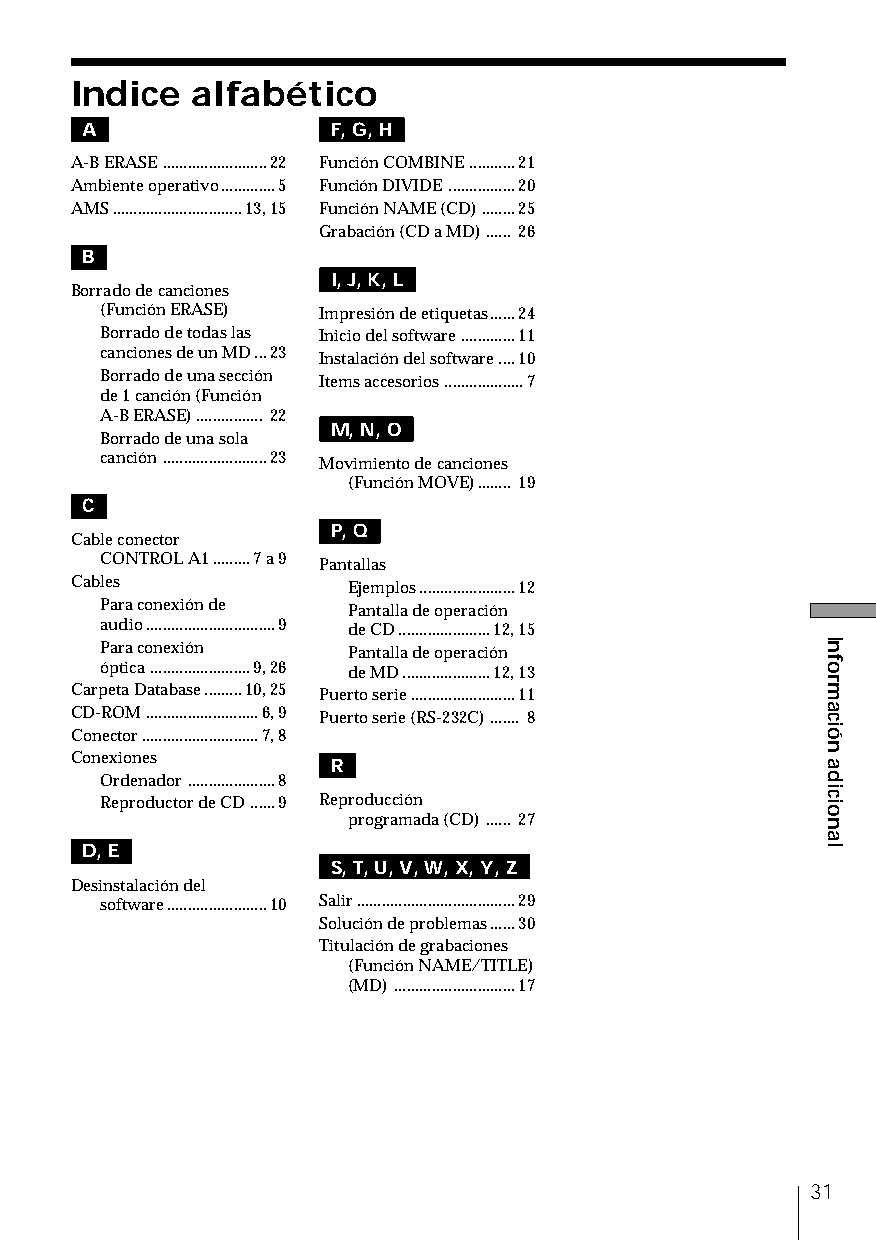
Indice  alfabético
 A                F, G, H
 A-B ERASE.........................22 Función COMBINE...........21
 Ambiente operativo.............5 Función DIVIDE................20
 AMS...............................13, 15 Función NAME (CD)........25
 Grabación (CD a MD)...... 26
 B
 I, J, K, L
 Borrado de canciones
 (Función ERASE) Impresión de etiquetas......24
 Borrado de todas las Inicio del software.............11
 canciones de un MD...23 Instalación del software....10
 Borrado de una sección Items accesorios...................7
 de 1 canción (Función
 A-BERASE)................ 22
 M, N, O
 Borrado de una sola
 canción.........................23 Movimiento de canciones
 (Función MOVE)........ 19
 C
 P, Q
 Cable conector
 CONTROL A1.........7 a 9 Pantallas
 Cables            Ejemplos.......................12
 Para conexión de Pantalla de operación
 audio...............................9 de CD......................12, 15
 Para conexión   Pantalla de operación
 óptica........................9, 26 de MD.....................12, 13
 Carpeta Database.........10, 25 Puerto serie.........................11
 CD-ROM...........................6, 9 Puerto serie (RS-232C)....... 8
 Conector............................7, 8
 Conexiones       R
 Ordenador.....................8
 Reproductor de CD......9 Reproducción
 programada (CD)...... 27
 D, E
 S, T, U, V, W, X, Y, Z
 Desinstalación del
 software........................10 Salir......................................29
 Solución de problemas......30
 Titulación de grabaciones
 (Función NAME/TITLE)
 (MD).............................17
 31
 Información
 adicional